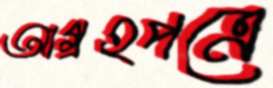
আগ্রহপত্রে